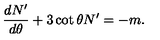
\frac { d N ^ { \prime } } { d \theta } + 3 \cot \theta N ^ { \prime } = - m .